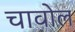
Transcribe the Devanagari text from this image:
चावोल